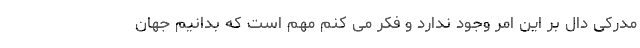
مدرکی دال بر این امر وجود ندارد و فکر می کنم مهم است که بدانیم جهان